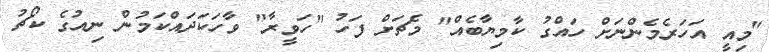
"މިއީ އަހަރެމެެންނަށް ހައްގު ކާމިޔާބެއް" މެޗަށް ފަހު "ހަވީރާ" ވާހަކަދައްކަމުން ނިއުގެ ކޯޗު